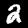
Label: 2